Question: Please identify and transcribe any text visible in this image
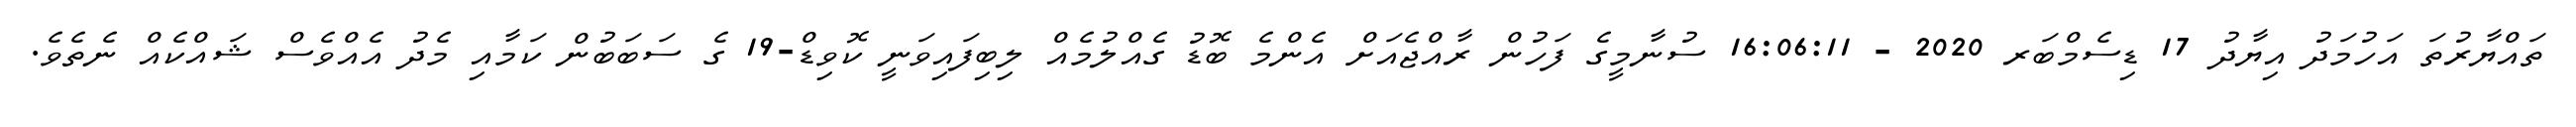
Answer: ތައްޔާރުތަ އަހުމަދު އިޔާދު 17 ޑިސެމްބަރ 2020 - 16:06:11 ސުނާމީގެ ފަހުން ރާއްޖެއަށް އެންމެ ބޮޑު ގެއްލުމެއް ލިބިފައިވަނީ ކޮވިޑް-19 ގެ ސަބަބުން ކަމާއި މެދު އެއްވެސް ޝައްކެއް ނެތެވެ.